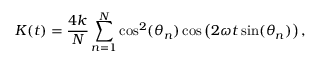
K ( t ) = \frac { 4 k } { N } \sum _ { n = 1 } ^ { N } \cos ^ { 2 } ( \theta _ { n } ) \cos \left( 2 \omega t \sin ( \theta _ { n } ) \right) ,